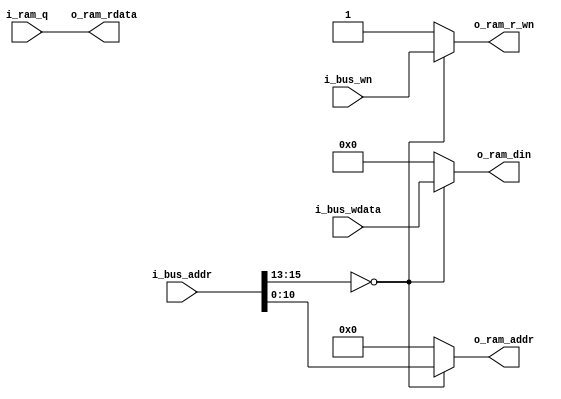
module ram_2k_adpt(
    input   [15:0]  i_bus_addr  ,
    input   [7:0]   i_bus_wdata ,
    input           i_bus_wn    ,
    output  [7:0]   o_ram_rdata ,
    
    output  [10:0]  o_ram_addr  ,
    output  [7:0]   o_ram_din ,
    output          o_ram_r_wn  ,
    input   [7:0]   i_ram_q
);

//addr
assign  o_ram_addr  = (i_bus_addr[15:13]==3'b000) ? i_bus_addr[10:0]: 11'h0;
//read
assign  o_ram_rdata = i_ram_q;
//write
assign  o_ram_r_wn  = (i_bus_addr[15:13]==3'b000) ? i_bus_wn        : 1'b1;
assign  o_ram_din   = (i_bus_addr[15:13]==3'b000) ? i_bus_wdata     : 8'h0;

endmodule